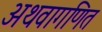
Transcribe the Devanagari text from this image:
अथवागणित